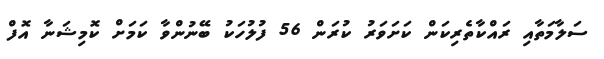
ސަލާމަތާއި ރައްކާތެރިކަން ކަށަވަރު ކުރަން 56 ފުލުހަކު ބޭނުންވާ ކަމަށް ކޮމިޝަނާ އޮފް